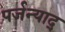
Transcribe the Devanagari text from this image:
पर्जन्याद्‌